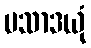
ပသာဒယုံ